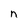
Character: n